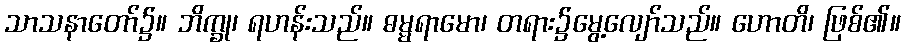
သာသနာတော်၌။ ဘိက္ခု၊ ရဟန်းသည်။ ဓမ္မရာမော၊ တရား၌မွေ့လျော်သည်။ ဟောတိ၊ ဖြစ်၏။